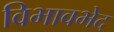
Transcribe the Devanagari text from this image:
विभावभेद